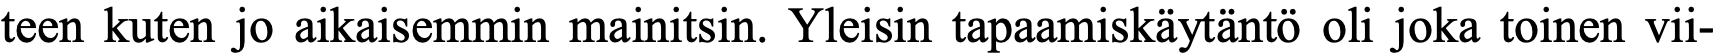
teen kuten jo aikaisemmin mainitsin. Yleisin tapaamiskäytäntö oli joka toinen vii-